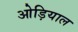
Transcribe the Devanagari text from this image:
ओड़ियाल